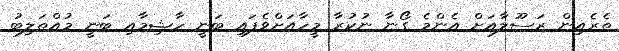
ތެރެއިން ރަސޫލާއަށް އެންމެ ގޯނާ ނުކުރާ މީހާއަށްވެފައި ބަނީ ހާޝިމާއި ބަނީ މުއްޠަލިބު